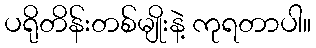
ပရိုတိန်းတစ်မျိုးနဲ့ ကုရတာပါ။